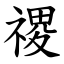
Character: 禝